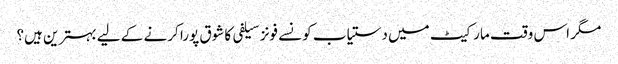
مگر اس وقت مارکیٹ میں دستیاب کونسے فونز سیلفی کا شوق پورا کرنے کے لیے بہترین ہیں؟